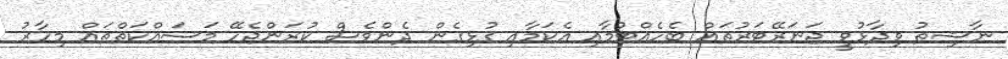
ނާޝިތު ވިދާޅުވީ ޖަނަރޭޓަރުތައް ބެހެއްޓުމާއި އެކަމާއި ގުޅިގެން ދެންވެސް ކުރަންޖެހޭ މަސައްކަތްތައް މިހާރު